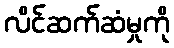
လိင်ဆက်ဆံမှုကို